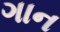
ગાન